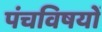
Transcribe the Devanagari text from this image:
पंचविषयों